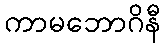
ကာမဘောဂိနီ